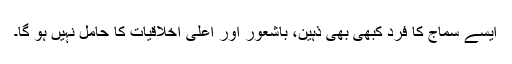
ایسے سماج کا فرد کبھی بھی ذہین، باشعور اور اعلی اخلاقیات کا حامل نہیں ہو گا۔